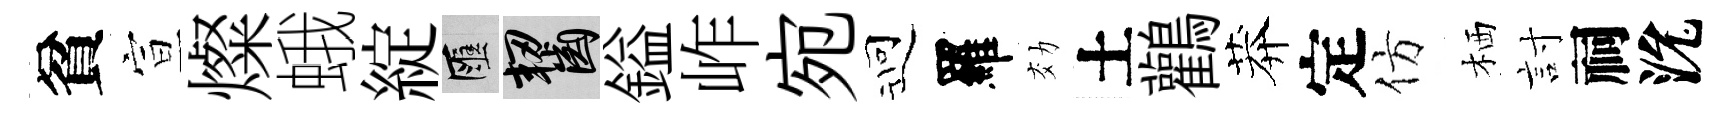
貧宣燦蛾綻匯齧鎰岞宛迎羅効土鸛莽定仿栖討祠沇